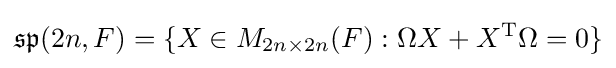
{\mathfrak {sp}}(2n,F)=\{X\in M_{2n\times 2n}(F):\Omega X+X^{\mathrm {T} }\Omega =0\}